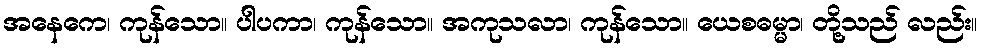
အနေကေ၊ ကုန်သော။ ပါပကာ၊ ကုန်သော။ အကုသလာ၊ ကုန်သော။ ယေစဓမ္မာ၊ တို့သည် လည်း။